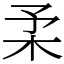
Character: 𣏗